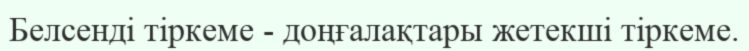
Белсенді тіркеме - доңғалақтары жетекші тіркеме.